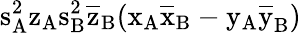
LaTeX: \mathrm{s_{A}^{2}\mathrm{z_{A}\mathrm{s_{B}^{2}\mathrm{\overline{{z}}_{B}(\mathrm{x_{A}\mathrm{\overline{{x}}_{B}-\mathrm{y_{A}\mathrm{\overline{{y}}_{B})}}}}}}}}